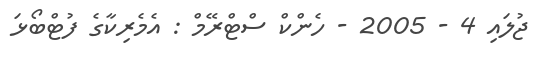
ޖުލައި 4 - 2005 - ހެންކް ސްޓްރޭމް : އެމެރިކާގެ ފުޓްބޯޅަ